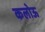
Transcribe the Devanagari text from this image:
कलोऊ